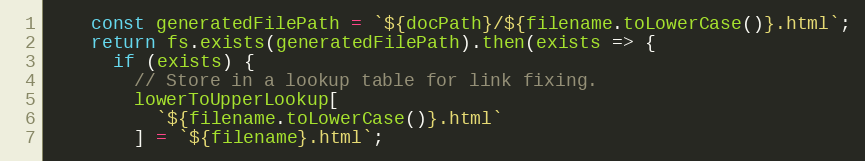
Language: JavaScript
    const generatedFilePath = `${docPath}/${filename.toLowerCase()}.html`;
    return fs.exists(generatedFilePath).then(exists => {
      if (exists) {
        // Store in a lookup table for link fixing.
        lowerToUpperLookup[
          `${filename.toLowerCase()}.html`
        ] = `${filename}.html`;